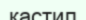
кастил